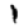
Digit: 1